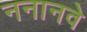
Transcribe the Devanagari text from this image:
ननानवे